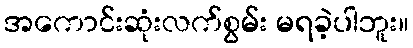
အကောင်းဆုံးလက်စွမ်း မရခဲ့ပါဘူး။